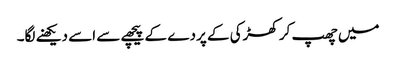
میں چھپ کر کھڑکی کے پردے کے پیچھے سے اسے دیکھنے لگا۔